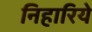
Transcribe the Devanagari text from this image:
निहारिये